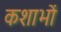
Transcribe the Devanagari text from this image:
कशाभों